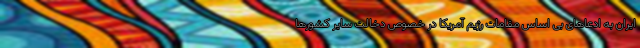
ایران به ادعاهای بی اساس مقامات رژیم آمریکا در خصوص دخالت سایر کشورها